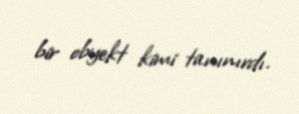
bir obyekt kimi tanınırdı.